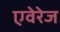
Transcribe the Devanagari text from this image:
एवेरेज